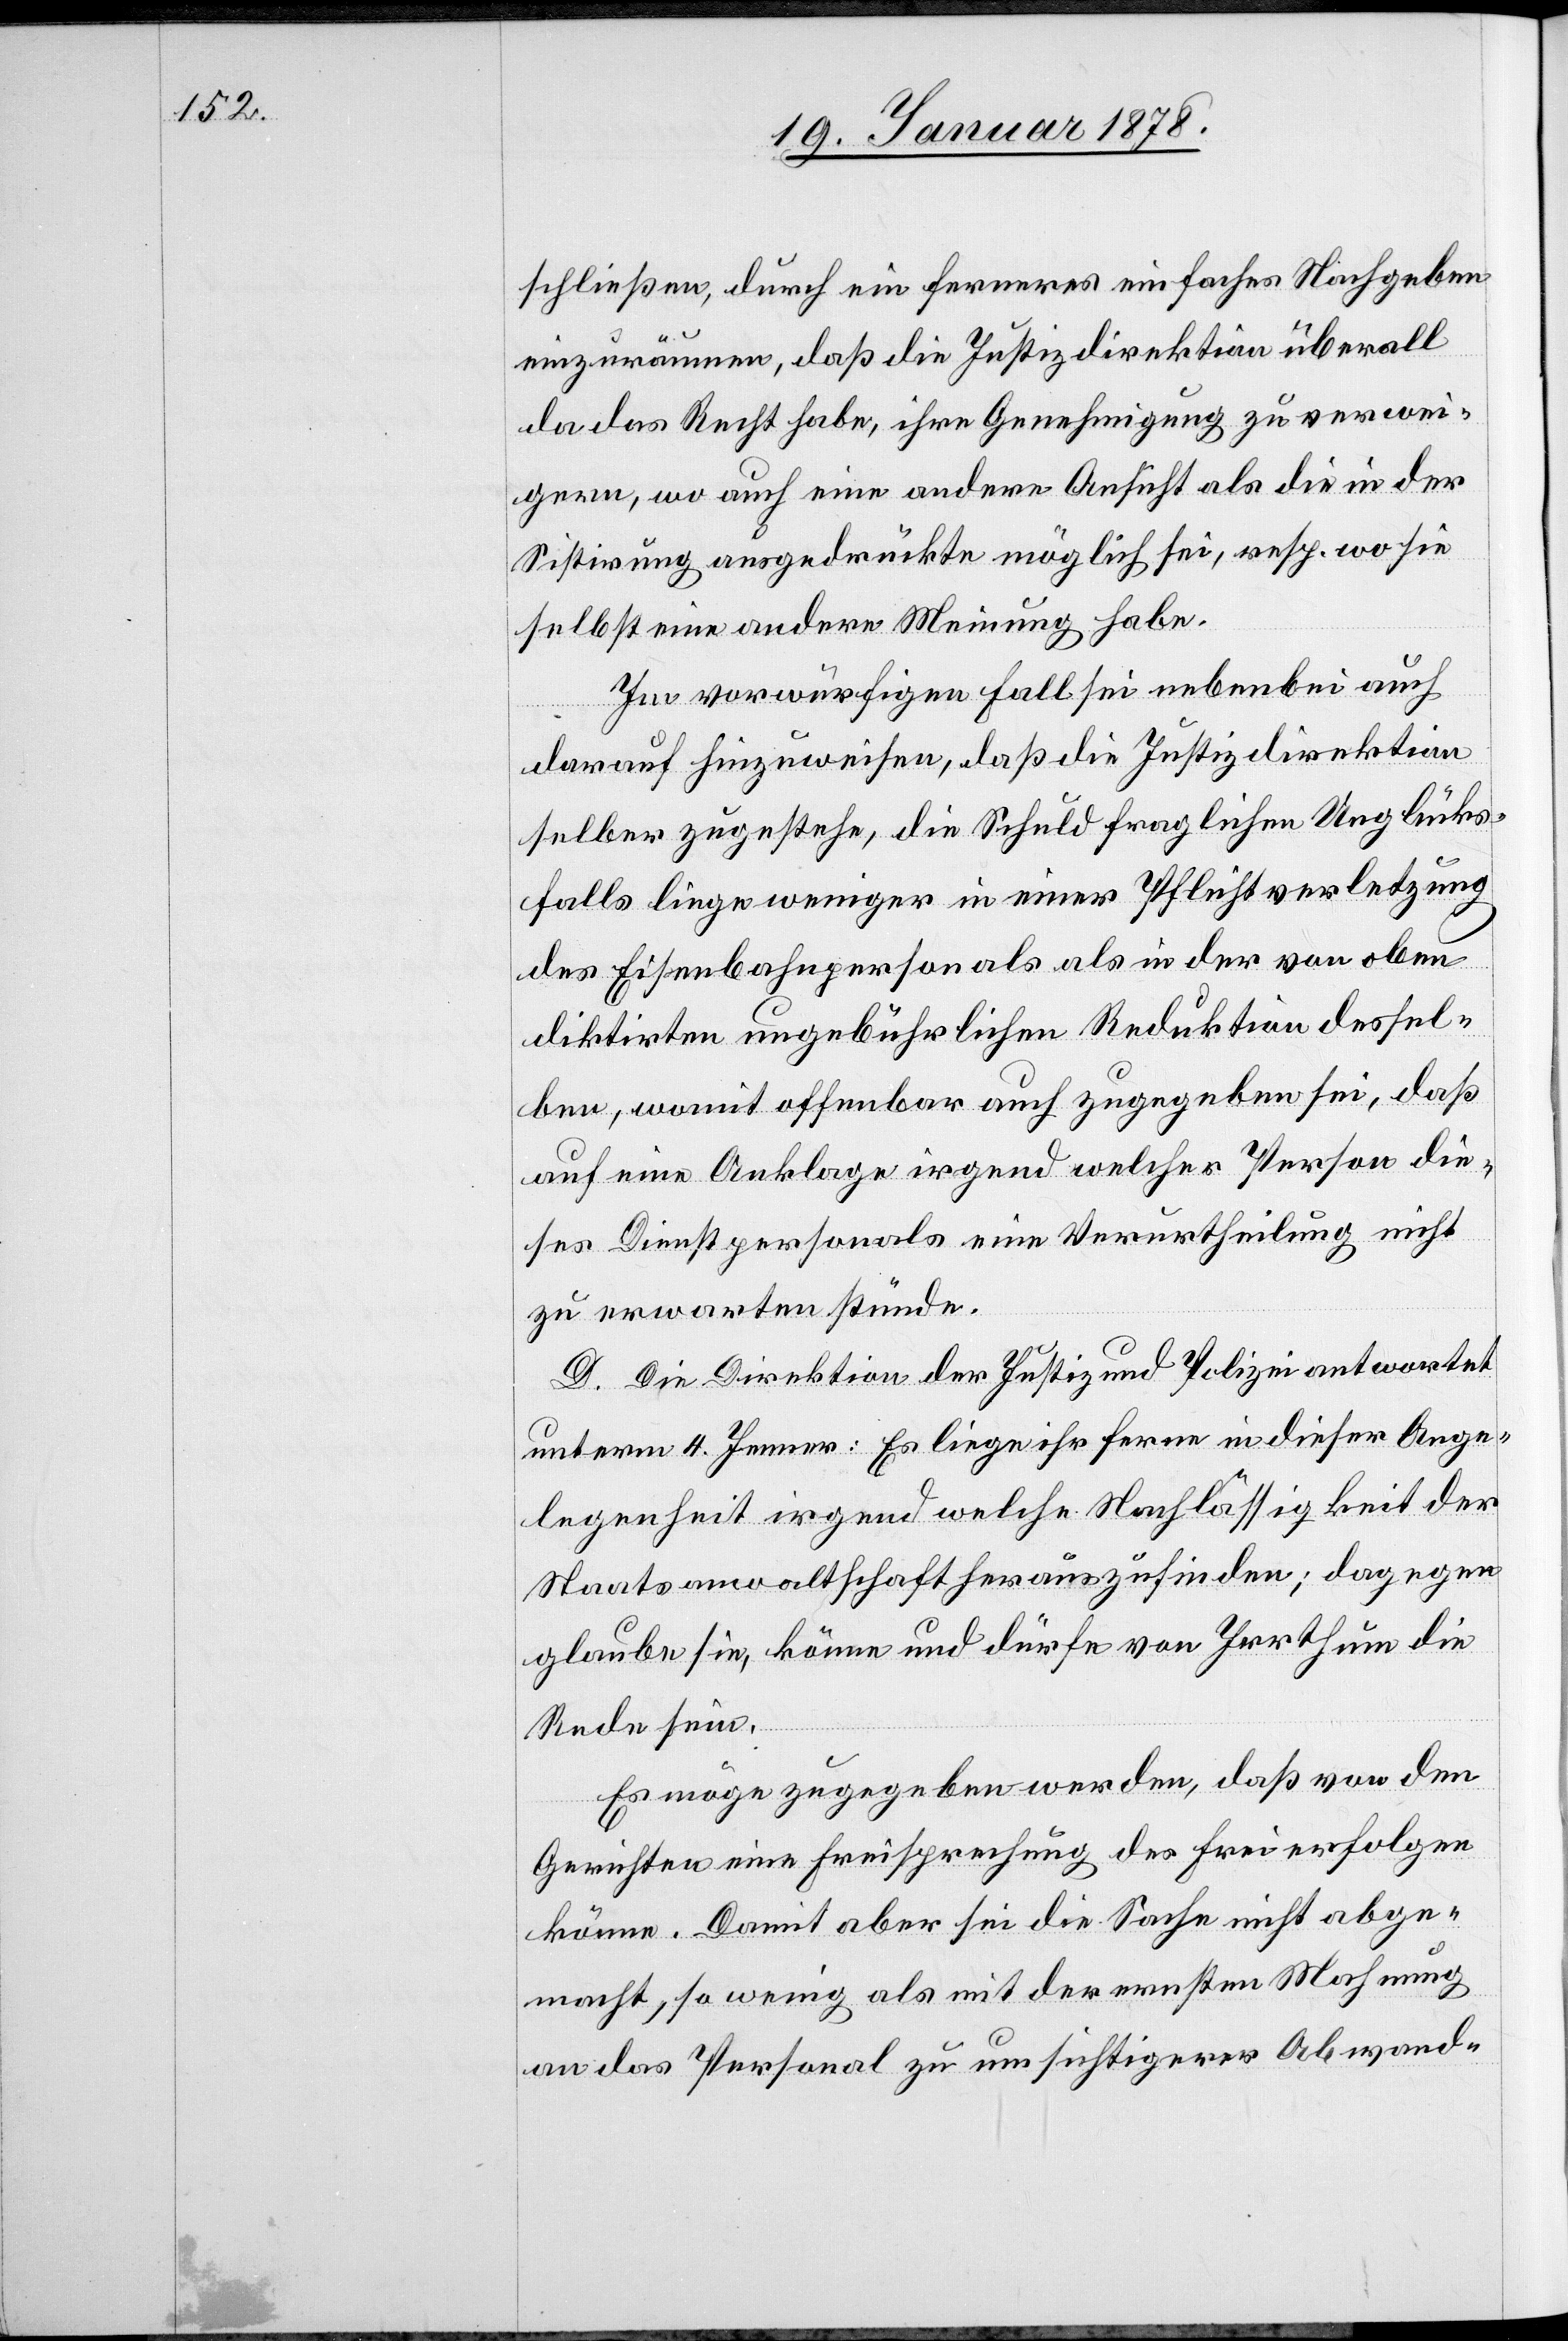
schließen, durch ein ferneres einfaches Nachgeben
einzuräumen, daß die Justizdirektion überall
da das Recht habe, ihre Genehmigung zu verwei¬
gern, wo auch eine andere Ansicht als die in der
Sistirung ausgedrückte möglich sei, resp. wo sie
selbst eine andere Meinung habe.
Im vorwürfigen Fall sei nebenbei auch
darauf hinzuweisen, daß die Justizdirektion
selber zugestehe, die Schuld fraglichen Unglücks¬
falls liege weniger in einer Pflichtverletzung
des Eisenbahnpersonals als in der von oben
diktirten ungebührlichen Reduktion dessel¬
ben, womit offenbar auch zugegeben sei, daß
auf eine Anklage irgend welcher Person die¬
ses Dienstpersonals eine Verurtheilung nicht
zu erwarten stünde.
D. Die Direktion der Justiz und Polizei antwortet
unterm 4. Jenner: Es liege ihr ferne in dieser Ange¬
legenheit irgend welche Nachlässigkeit der
Staatsanwaltschaft herauszufinden; dagegen
glaube sie, könne und dürfe von Irrthum die
Rede sein.
Es möge zugegeben werden, daß von den
Gerichten eine Freisprechung des Frei erfolgen
könne. Damit aber sei die Sache nicht abge¬
macht, so wenig als mit der ersten Mahnung
an das Personal zu umsichtigerer Abwand-